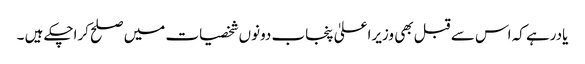
یادرہے کہ اس سے قبل بھی وزیراعلیٰ پنجاب دونوں شخصیات میں صلح کراچکے ہیں ۔